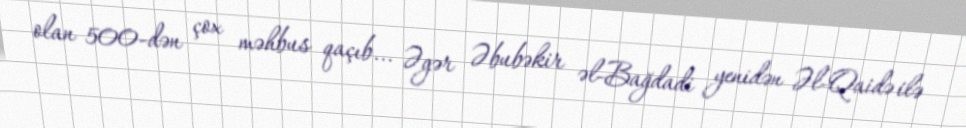
olan 500-dən çox məhbus qaçıb... Əgər Əbubəkir əl-Bağdadi yenidən Əl-Qaidə ilə